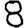
Digit: 8